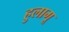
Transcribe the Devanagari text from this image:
हुलागू